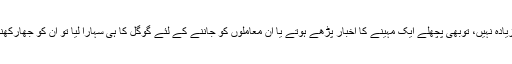
اور، شاید اس لئے انہوں نے احتجاج نامہ میں لکھنے کے پہلے زیادہ نہیں، توبھی پچھلے ایک مہینے کا اخبار پڑھے ہوتے یا ان معاملوں کو جاننے کے لئے گوگل کا ہی سہارا لیا تو ان کو جھارکھنڈ کے تبریز سے لےکے ملک کی ہر ریاست کے معاملے ملتے۔